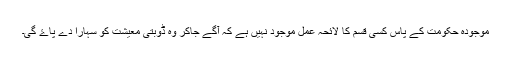
موجودہ حکومت کے پاس کسی قسم کا لائحہ عمل موجود نہیں ہے کہ آگے جاکر وہ ڈوبتی معیشت کو سہارا دے پاۓ گی۔